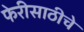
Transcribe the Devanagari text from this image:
फेरीसाठीचे